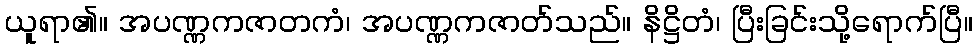
ယူရာ၏။ အပဏ္ဏကဇာတကံ၊ အပဏ္ဏကဇာတ်သည်။ နိဋ္ဌိတံ၊ ပြီးခြင်းသို့ရောက်ပြီ။